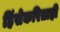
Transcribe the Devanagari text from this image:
हिंसेकरिताही